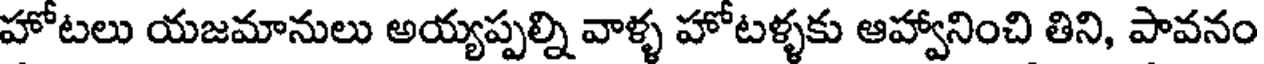
హోటలు యజమానులు అయ్యప్పల్ని వాళ్ళ హోటళ్ళకు ఆహ్వానించి తిని, పావనం